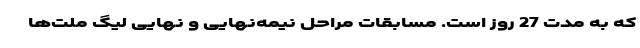
که به مدت 27 روز است. مسابقات مراحل نیمه‌نهایی و نهایی لیگ ملت‌ها